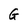
Character: G